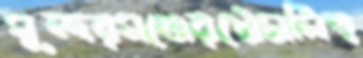
সুন্দরগঞ্জেরখোঁচালিহ